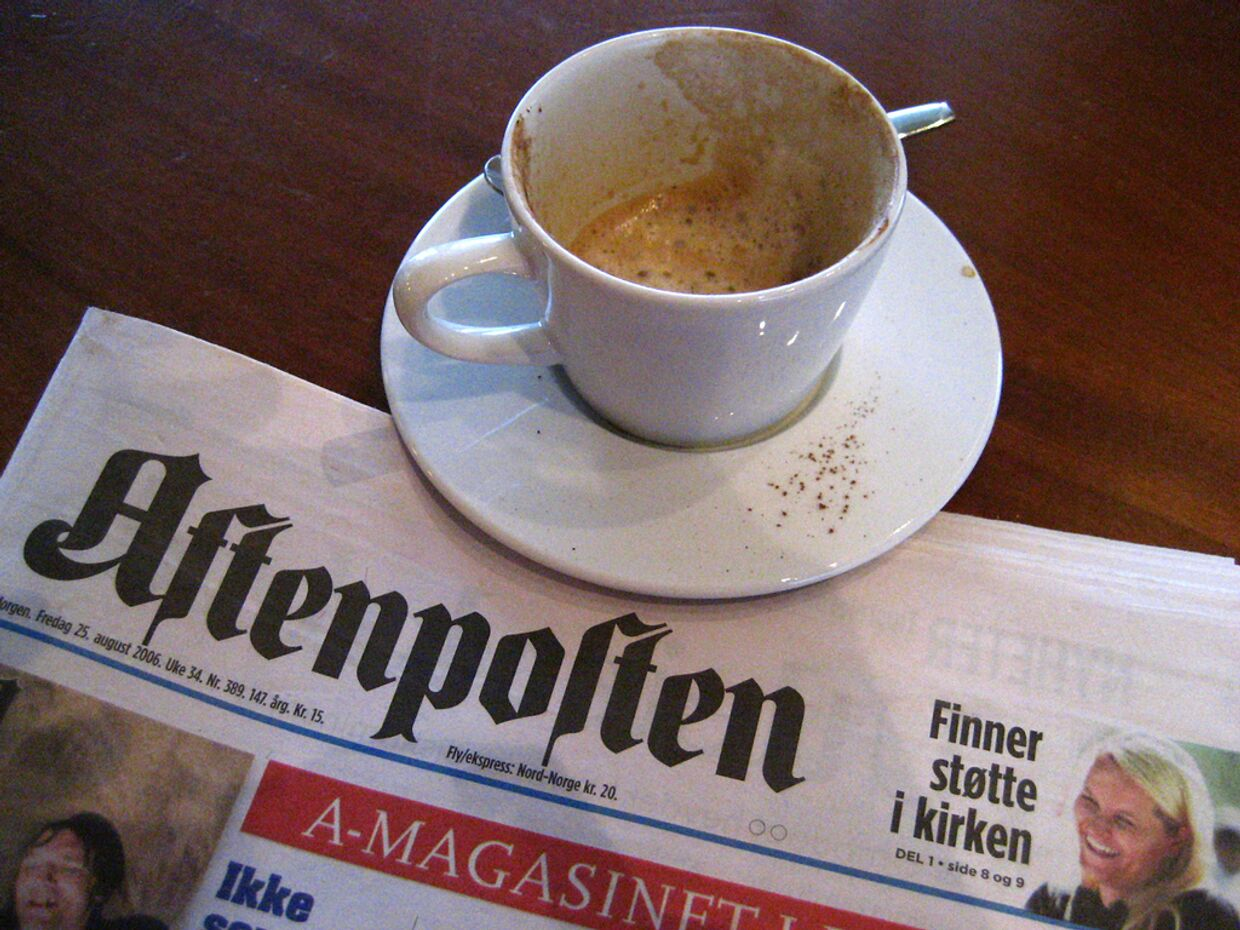
Language: no